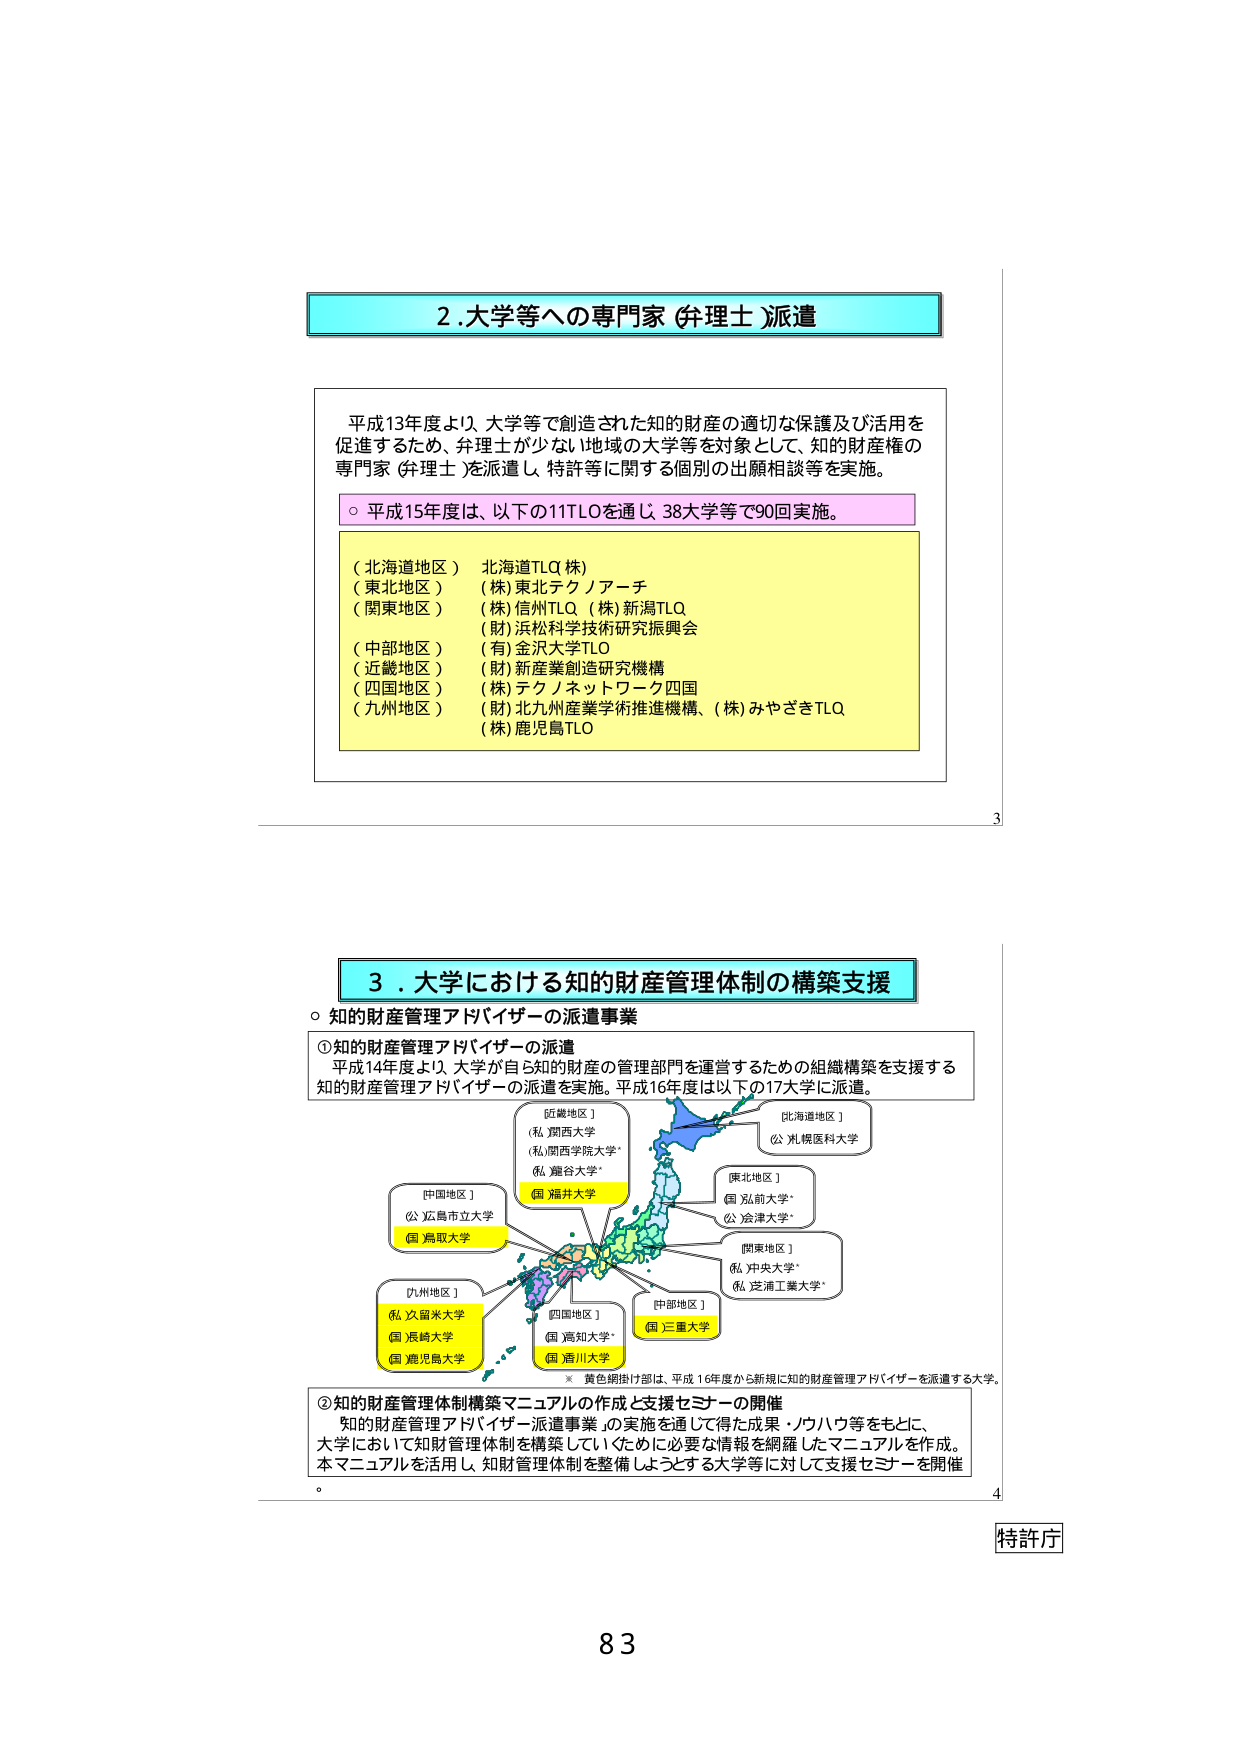
2.大学等への専門家（弁理士）派遣

平成13年度より、大学等で創造された知的財産の適切な保護及び活用を
促進するため、弁理士が少ない地域の大学等を対象として、知的財産権の
専門家（弁理士）を派遣し、特許等に関する個別の出願相談等を実施。

○ 平成15年度は、以下の11TLOを通じ、38大学等で90回実施。

（北海道地区） 北海道TLO（株）
（東北地区） （株）東北テクノアーチ
（関東地区） （株）信州TLO （株）新潟TLO
（財）浜松科学技術研究振興会
（中部地区） （有）金沢大学TLO
（近畿地区） （財）新産業創造研究機構
（四国地区） （株）テクノネットワーク四国
（九州地区） （財）北九州産業学術推進機構、（株）みやざきTLO
（株）鹿児島TLO

3.大学における知的財産管理体制の構築支援

○ 知的財産管理アドバイザーの派遣事業

①知的財産管理アドバイザーの派遣
平成14年度より、大学が自ら知的財産の管理部門を運営するための組織構築を支援する
知的財産管理アドバイザーの派遣を実施。平成16年度は以下の17大学に派遣。

[北海道地区]
（公）札幌医科大学

[東北地区]
（国）弘前大学
（公）会津大学

[関東地区]
（私）中央大学
（私）芝浦工業大学

[中部地区]
（国）三重大学

[近畿地区]
（私）関西大学
（私）関西学院大学
（私）龍谷大学
（国）福井大学

[中国地区]
（公）広島市立大学
（国）鳥取大学

[四国地区]
（国）高知大学
（国）香川大学

[九州地区]
（私）久留米大学
（国）宮崎大学
（国）鹿児島大学

※ 黄色網掛け部は、平成16年度から新規に知的財産管理アドバイザーを派遣する大学。

②知的財産管理体制構築マニュアルの作成と支援セミナーの開催
知的財産管理アドバイザー派遣事業の実施を通して得た成果・ノウハウ等をもとに、
大学において知財管理体制を構築していくために必要な情報を網羅したマニュアルを作成。
本マニュアルを活用し、知財管理体制を整備しようとする大学等に対して支援セミナーを開催。

特許庁

83